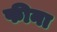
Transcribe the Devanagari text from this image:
फीना